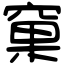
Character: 窠